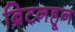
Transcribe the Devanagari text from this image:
ब्रिटनहून